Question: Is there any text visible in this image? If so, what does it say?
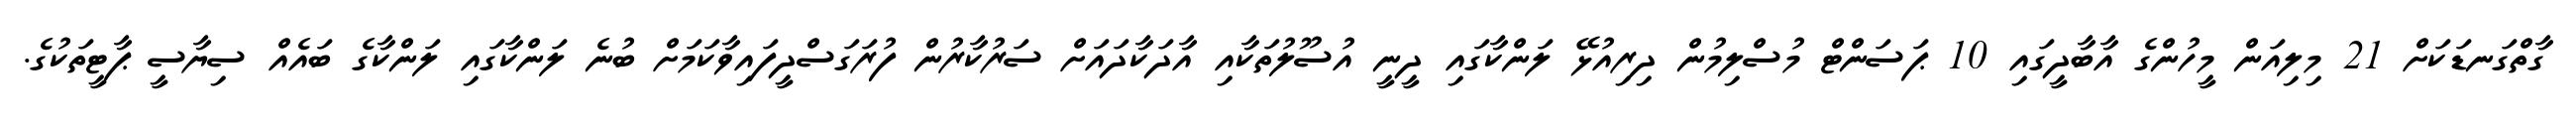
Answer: ގާތްގަނޑަކަށް 21 މިލިއަން މީހުންގެ އާބާދީގައި 10 ޕަސަންޓް މުސްލިމުން ދިރިއުޅޭ ލަންކާގައި ދީނީ އުސޫލުތަކާއި އާދަކާދައަށް ސަރުކާރުން ފުރަގަސްދީފައިވާކަމަށް ބުނެ ލަންކާގައި ލަންކާގެ ބައެއް ސިޔާސީ ޕާޓީތަކުގެ.